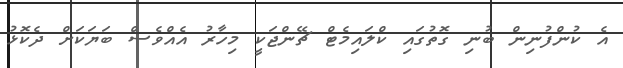
އެ ކުންފުނިން ބުނި ގޮތުގައި ކްލައިމެޓް ޗޭންޖަކީ މިހާރު އެއްވެސް ބަޔަކަށް ދެކޮޅު